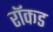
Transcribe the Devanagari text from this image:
रॉकड